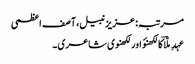
مرتبہ: عزیز نبیل، آصف اعظمی
عہدِ ملّاؔ کا لکھنؤ اور لکھنوی شاعری ۔